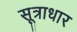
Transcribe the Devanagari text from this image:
सूत्राधार